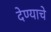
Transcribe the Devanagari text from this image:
देण्‍याचे